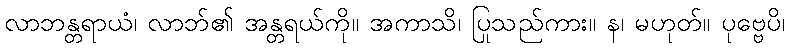
လာဘန္တရာယံ၊ လာဘ်၏ အန္တရယ်ကို။ အကာသိ၊ ပြုသည်ကား။ န၊ မဟုတ်။ ပုဗ္ဗေပိ၊